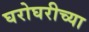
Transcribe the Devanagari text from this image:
घरोघरीच्या